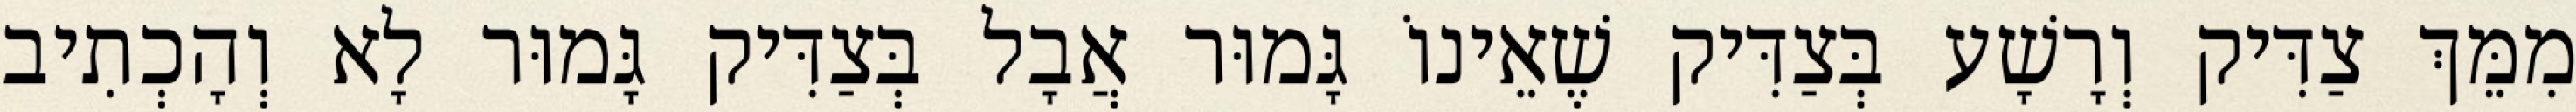
מִמֵּךְ צַדִּיק וְרָשָׁע בְּצַדִּיק שֶׁאֵינוֹ גָּמוּר אֲבָל בְּצַדִּיק גָּמוּר לָא וְהָכְתִיב